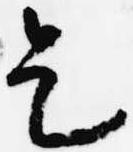
乞